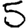
Digit: 5